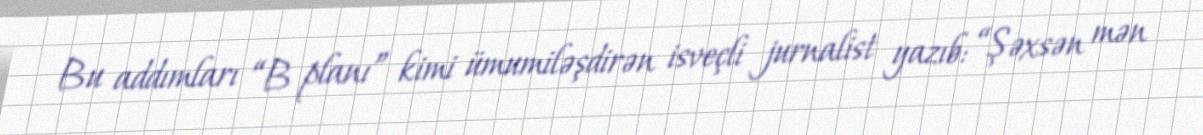
Bu addımları “B planı” kimi ümumiləşdirən isveçli jurnalist yazıb: “Şəxsən mən